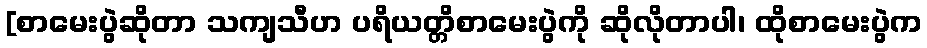
[စာမေးပွဲဆိုတာ သကျသီဟ ပရိယတ္တိစာမေးပွဲကို ဆိုလိုတာပါ၊ ထိုစာမေးပွဲက